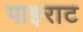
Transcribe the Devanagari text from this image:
पाइराट